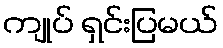
ကျုပ် ရှင်းပြမယ်